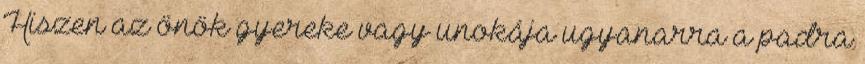
Hiszen az önök gyereke vagy unokája ugyanarra a padra